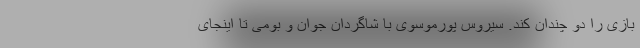
بازی را دو چندان کند. سیروس پورموسوی با شاگردان جوان و بومی تا اینجای